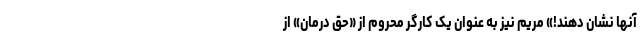
آنها نشان دهند!» مریم نیز به عنوان یک کارگرِ محروم از «حق درمان» از